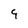
Character: 9